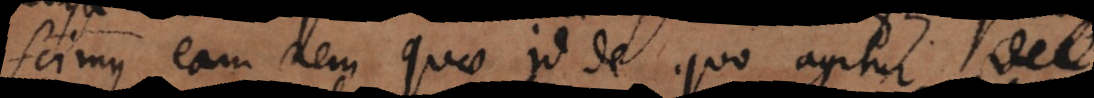
scimus eam rem quae id de quo agitur